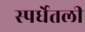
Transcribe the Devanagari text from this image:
स्पर्धेतली